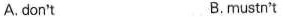
A. don't B. mustn't